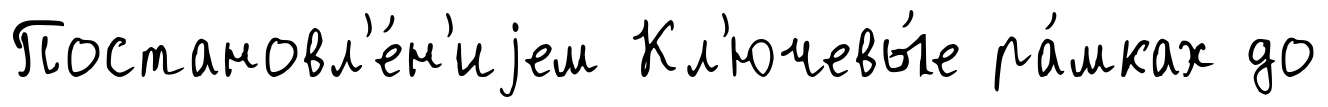
Постановл'е́н'иjем Кл'ючевы́е ра́мках до